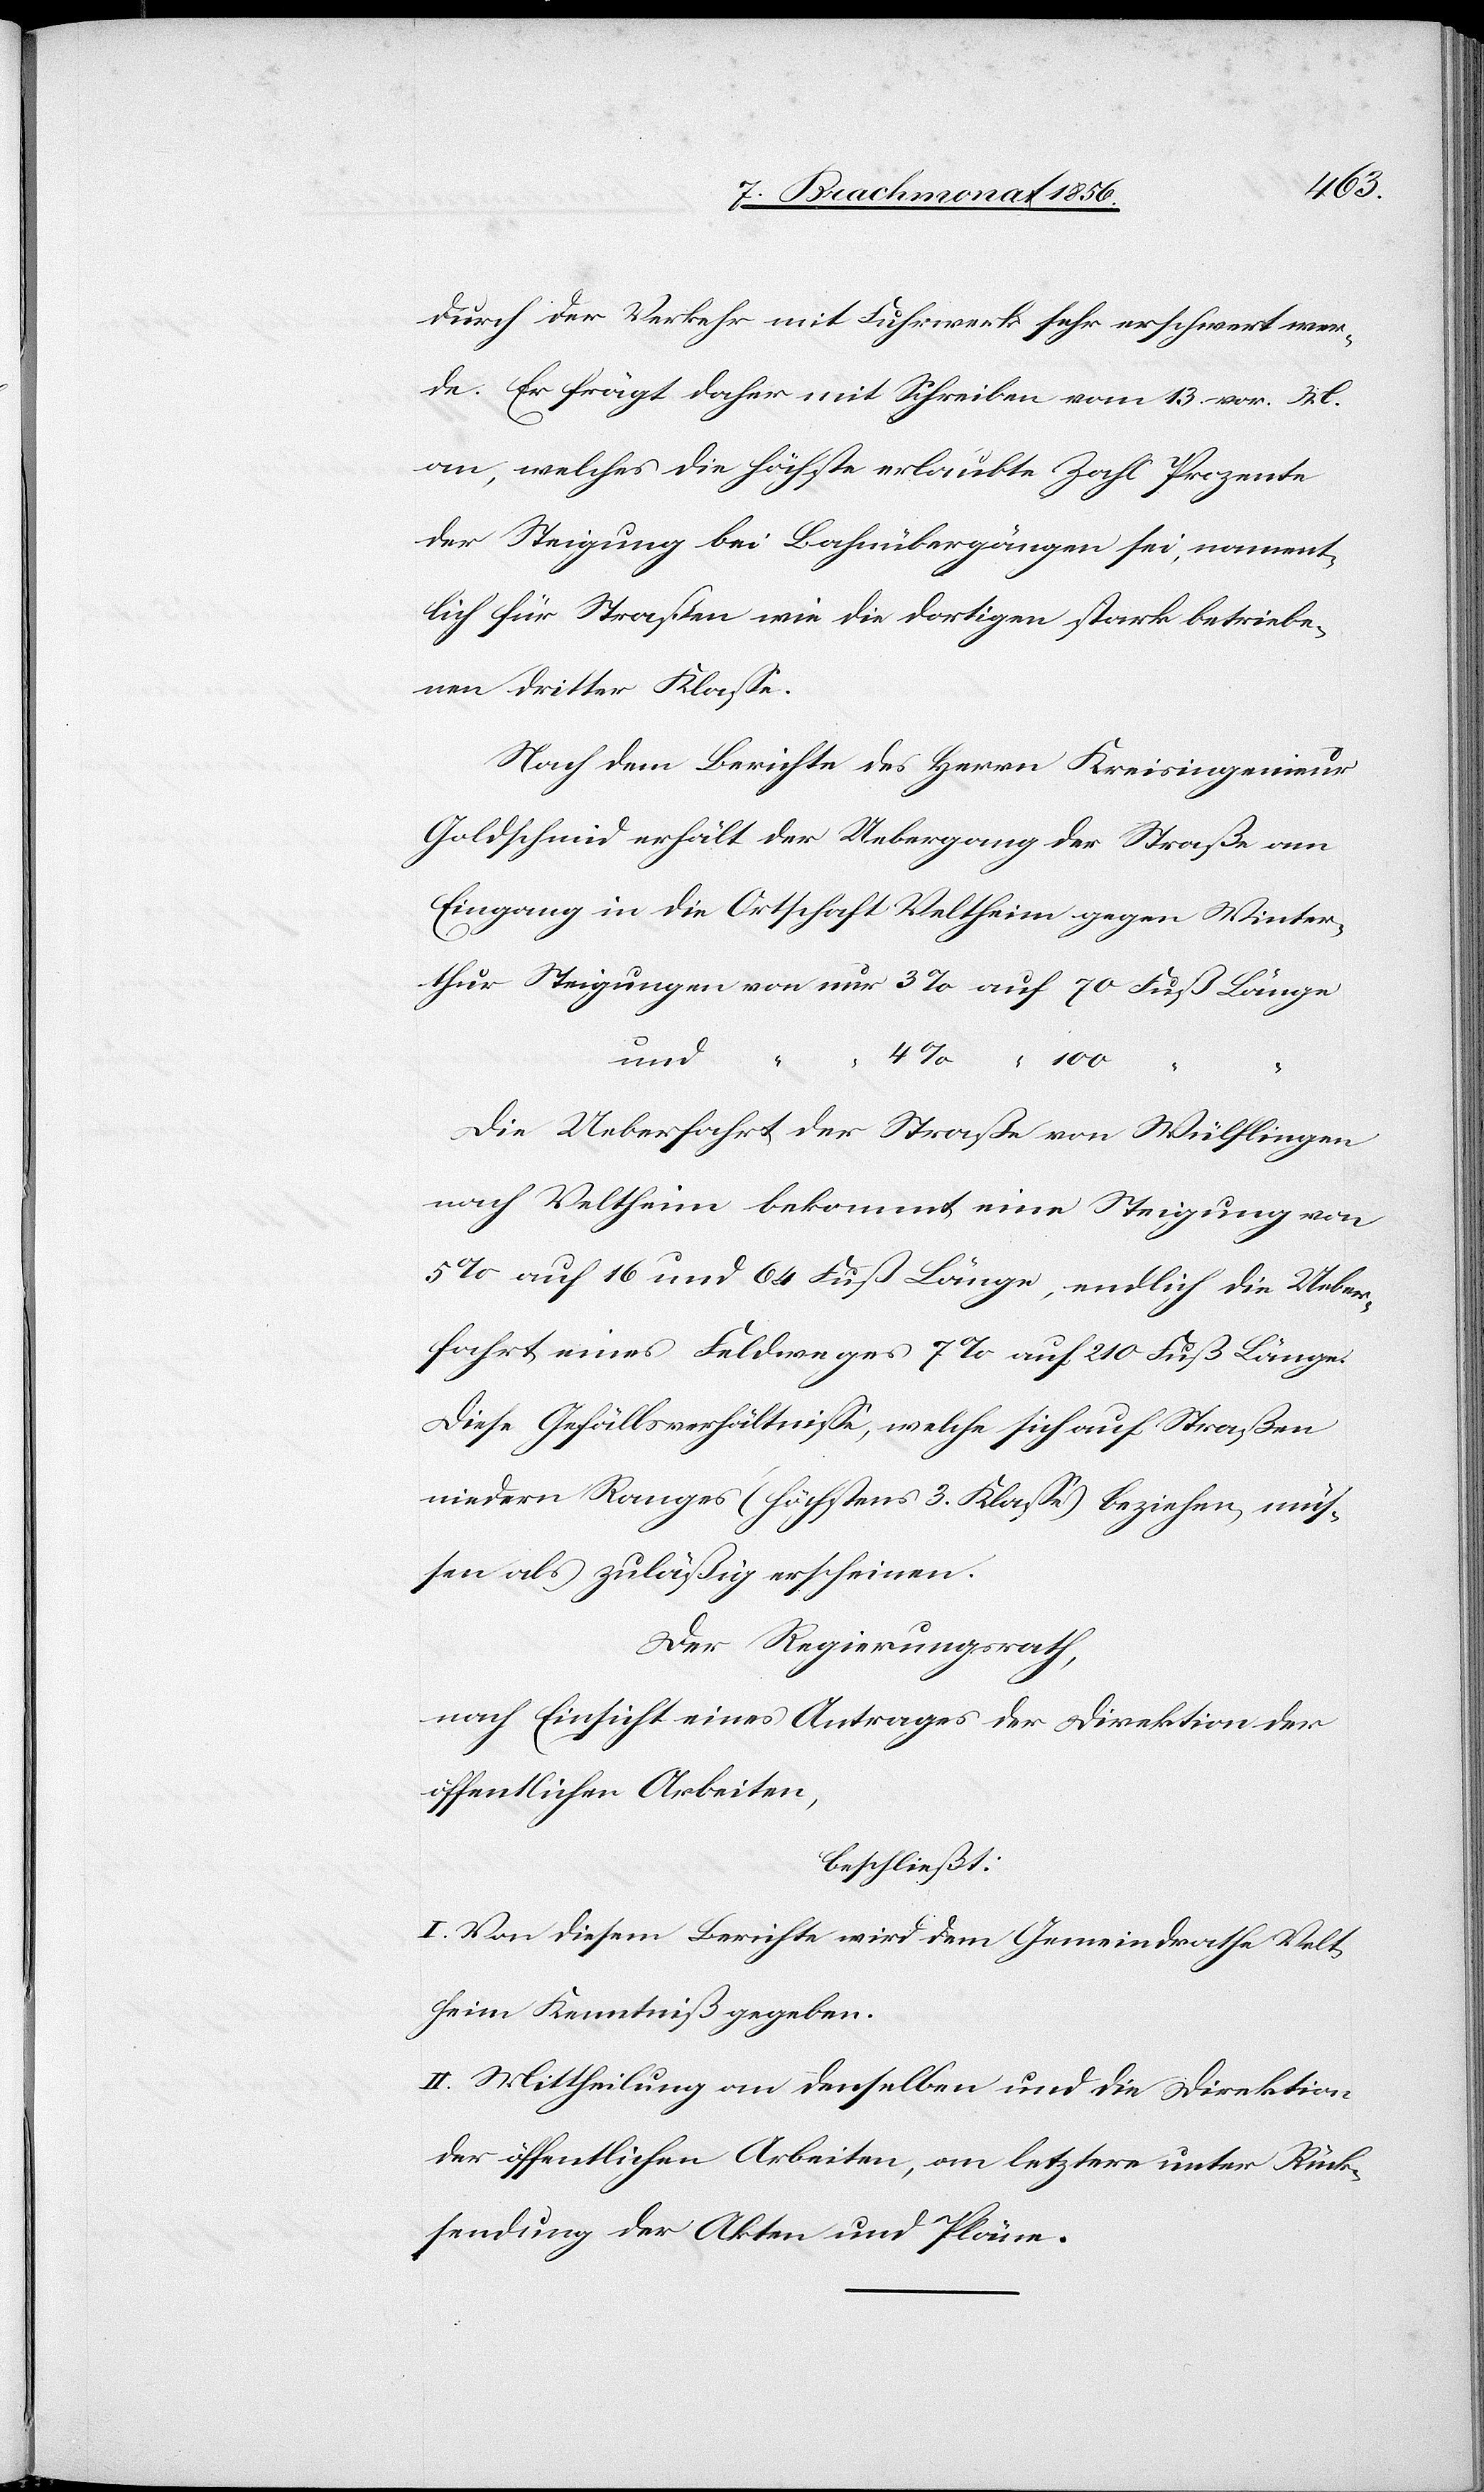
100
durch der Verkehr mit Fuhrwerk sehr erschwert wer¬
de. Er frägt daher mit Schreiben vom 13. vor. M.
an, welches die höchste erlaubte Zahl Prozente
der Steigung bei Bahnübergängen sei, nament¬
lich für Straßen wie die dortigen stark betriebe¬
nen dritter Klasse.
Nach dem Berichte des Herrn Kreisingenieur
Goldschmid erhält der Uebergang der Straße am
Eingang in die Ortschaft Veltheim gegen Winter¬
“
Die Ueberfahrt der Straße von Wülflingen
nach Veltheim bekommt eine Steigung von
5% auf 16 und 64 Fuß Länge, endlich die Ueber¬
fahrt eines Feldweges 7% auf 210 Fuß Länge.
Diese Gefällsverhältnisse, welche sich auf Straßen
niedern Ranges (höchstens 3. Klasse) beziehen, müs¬
sen als zuläßig erscheinen.
Der Regierungsrath,
nach Einsicht eines Antrages der Direktion der
öffentlichen Arbeiten,
beschließt:
I. Von diesem Berichte wird dem Gemeindrathe Velt¬
heim Kenntniß gegeben.
II. Mittheilung an denselben und die Direktion
der öffentlichen Arbeiten, an letztere unter Rück¬
sendung der Akten und Pläne.